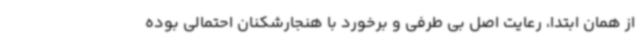
از همان ابتدا، رعایت اصل بی طرفی و برخورد با هنجارشکنان احتمالی بوده